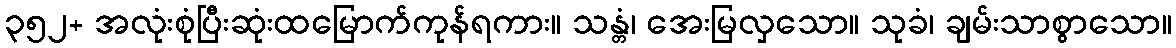
၃၅၂+ အလုံးစုံပြီးဆုံးထမြောက်ကုန်ရကား။ သန္တံ၊ အေးမြလှသော။ သုခံ၊ ချမ်းသာစွာသော။